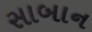
સાબાન